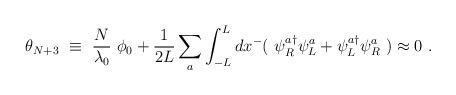
LaTeX: \begin{align*}\theta_{N+3} ~\equiv ~\frac{N}{\lambda_0}~ \phi_0 + \frac{1}{2 L} \sum_a \int_{-L}^L d x^- (~ \psi_R^{a \dag} \psi_L^a + \psi_L^{a \dag} \psi_R^a ~) \approx 0 ~. \end{align*}